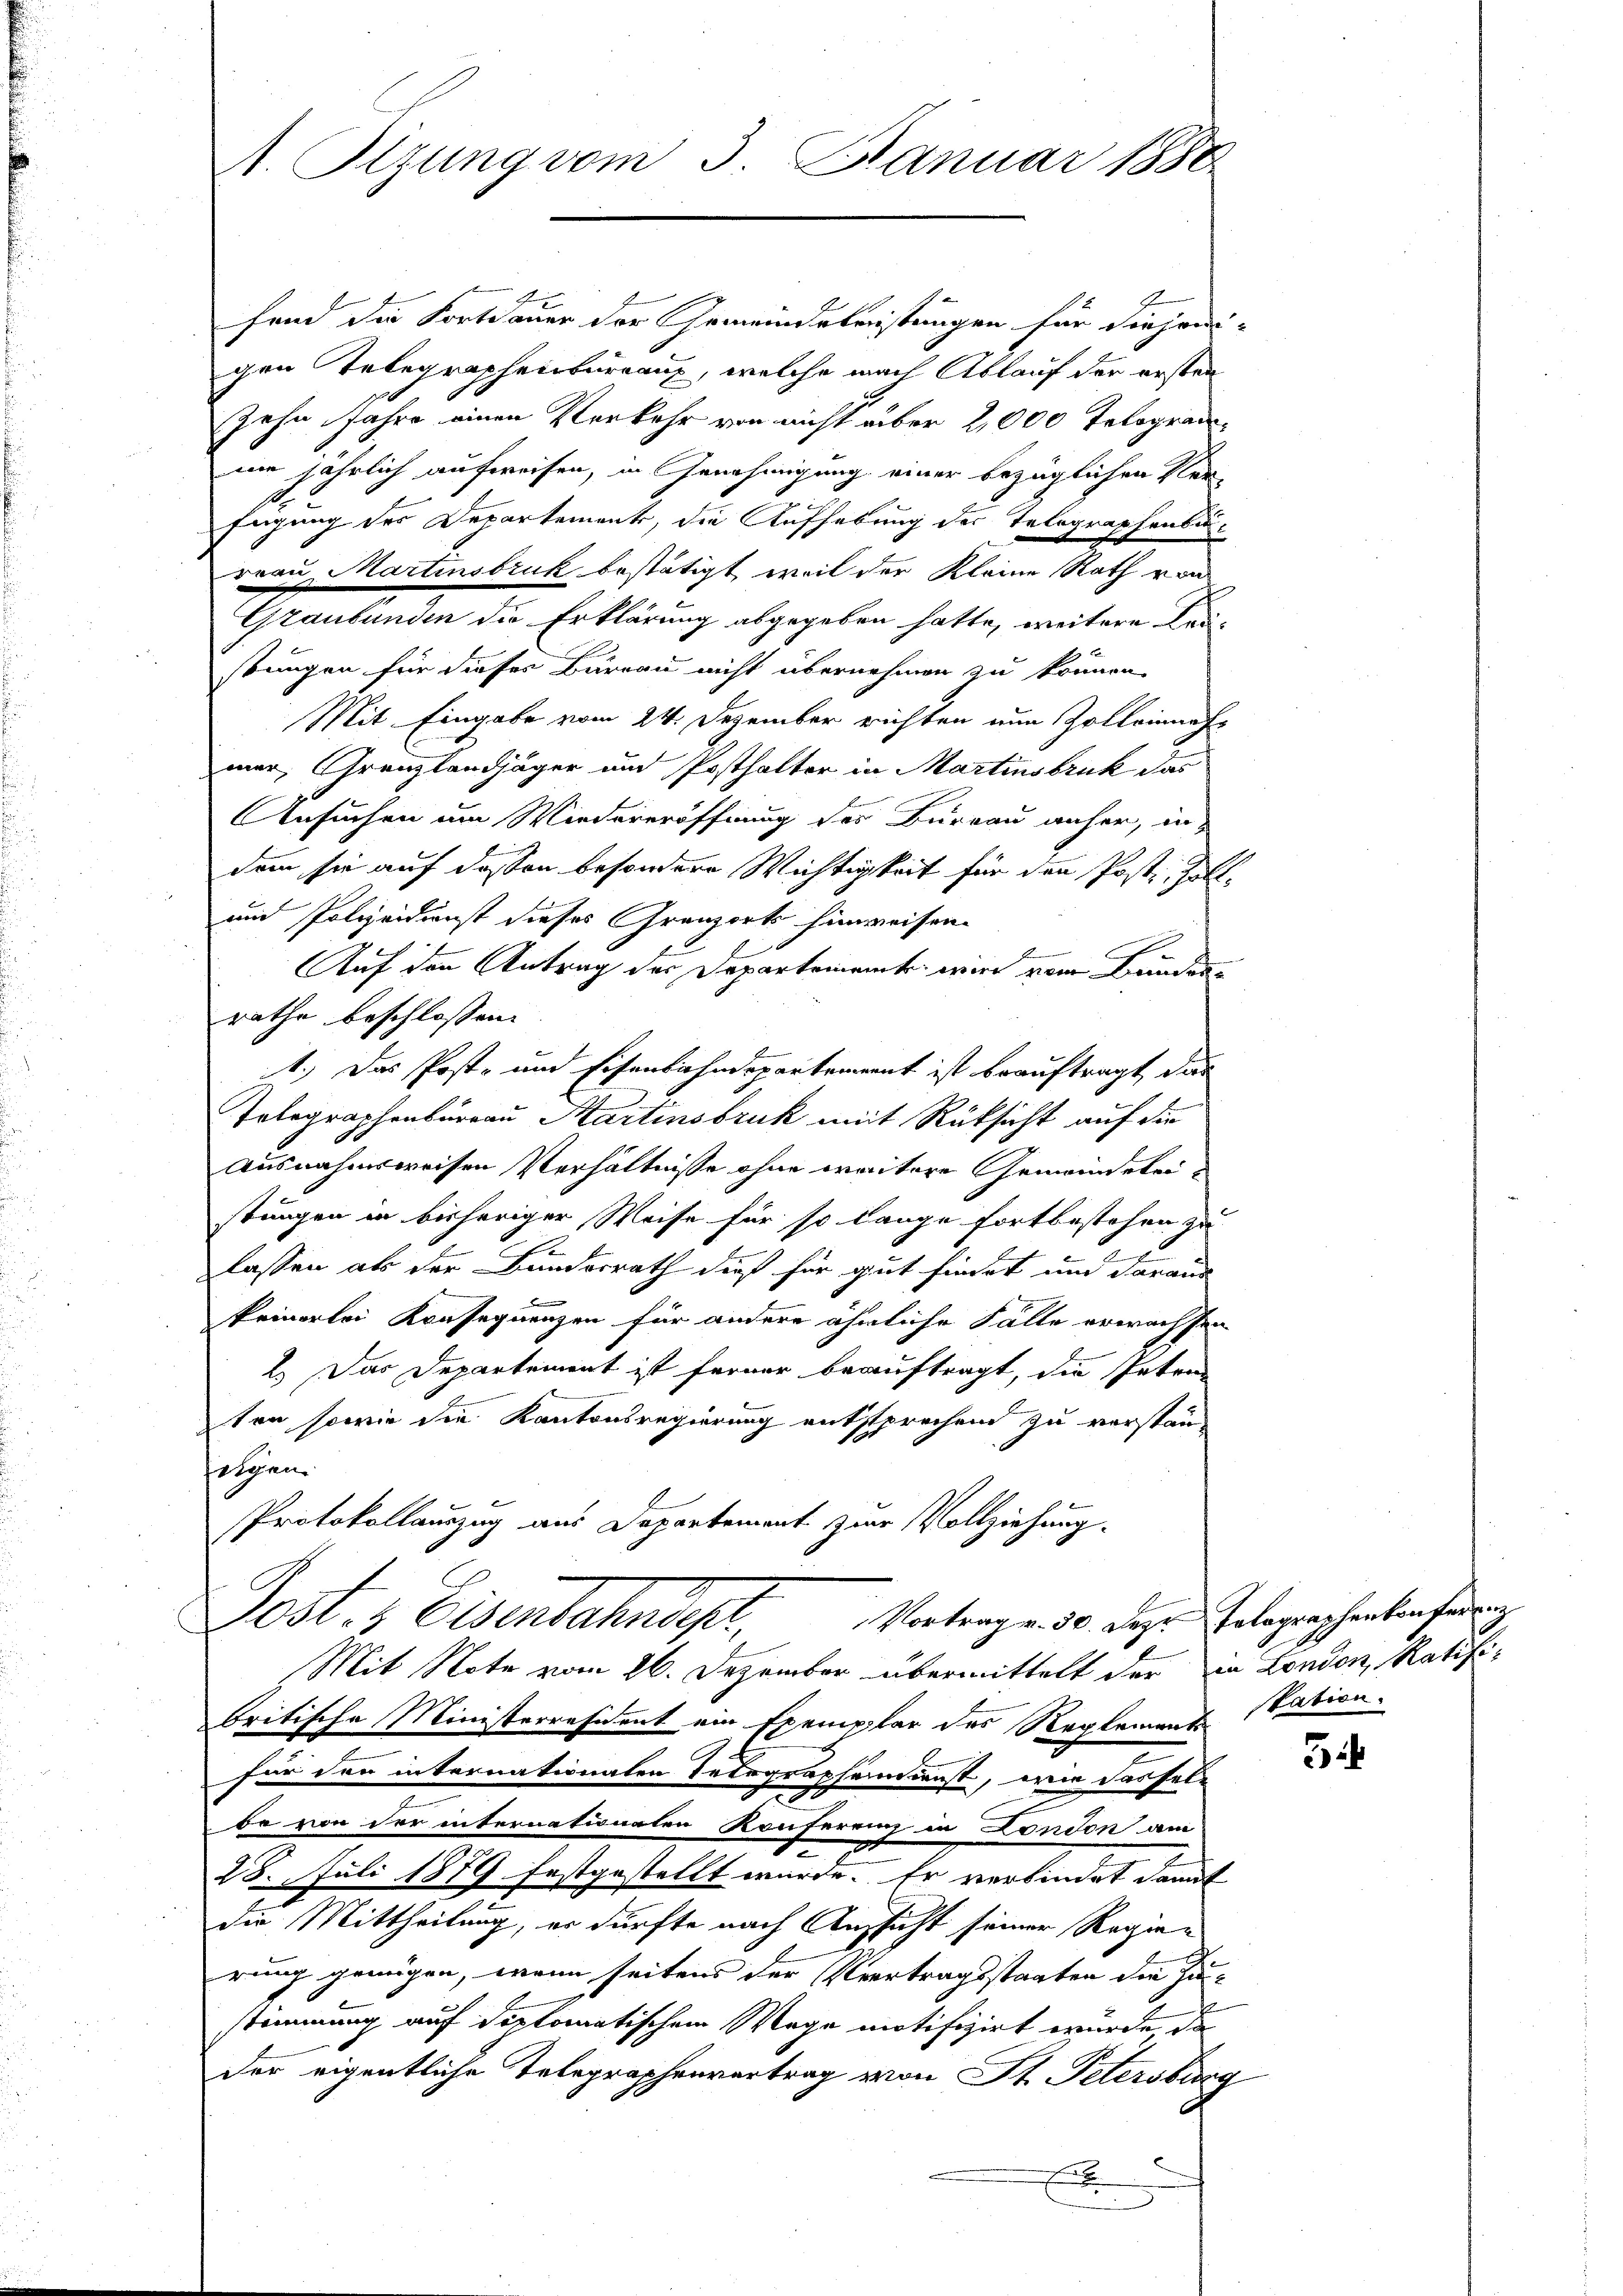
fend die Fortdauer der Gemeindekreistungen für diejeni-
gen Telegraphenbureaux, welche nach Ablauf der ersten
zehn Jahre einen Verkehr von nicht über 2,000 Telogramnm jährlich aufweisen, in Genehmigung einer bezüglichen Ver-
s
fügung des Departement, die Aufhebung der Telegraphenbar¬
Frau Martinsbruk bestätigt, weil der Kleine Rath von
Graubünden die Erklärung abgegeben hatte, weitere Fastungen für dieses Büreau nicht übernehmen zu können.
Mit Eingabe vom 24. Dezember richten nun Zolleinnah
mer, Grenzlandjäger und Posthalter in Martinsbruk das
Ansuchen um Wiedereröffnung des Bureau anher, in
dem sie auf dessen besondere Wichtigkeit für den Poste Zoll¬
und Polizeidienst dieses Granzorts hinweisen.
Auf den Antrag der Departement wird vom Bunden
rathe beschlossen:
t.) Das Post- und Eisenbahndeparteament ist beauftragt, das
Telegraphenburgau Martinsbruk mit Rüksicht auf die
Ausnahmsweisen Verhältnisse ohne weitere Gemeindekeistungen in bisheriger Weise für so lange fortbestehen zu
lassen als der Bunderrath dieß für gut findet und daraus
keinerlei Konsequenzen für andere ähnliche Falle erwachsten
2.) Das Departement ist ferner beauftragt, die Petrin
ton sowie die Kantonsregierung entsprochend zu verstan-
folgen.
Protokollauszug aus Departement zur Vollziehung.
Vortrag v. 50. Dez. Telegraphenkonferenz
Dost. - Eisenbahndepr
Mit Note vom 26. Dezember übermittelt der in London, Ratifibritische Ministerresident ein Exemplar des Reglement station.
für der internationalen Telegraphendienst, wie dasselt
be von der internationaten Konferein in Condon am
.
28. Juli 1879 festgestellt wurde. Er verbindet damit
die Mittheilung, er dürfte nach Aussicht seiner Regierung genügen, wenn seitens der Vertragsstaaten die Zustimmung auf diplomatischem Wege motifizirt wurde da
der eigentliche Telegraphenvertrag von St. Petersburg
x

1. Sitzung vom 3. Januar 1888.

5